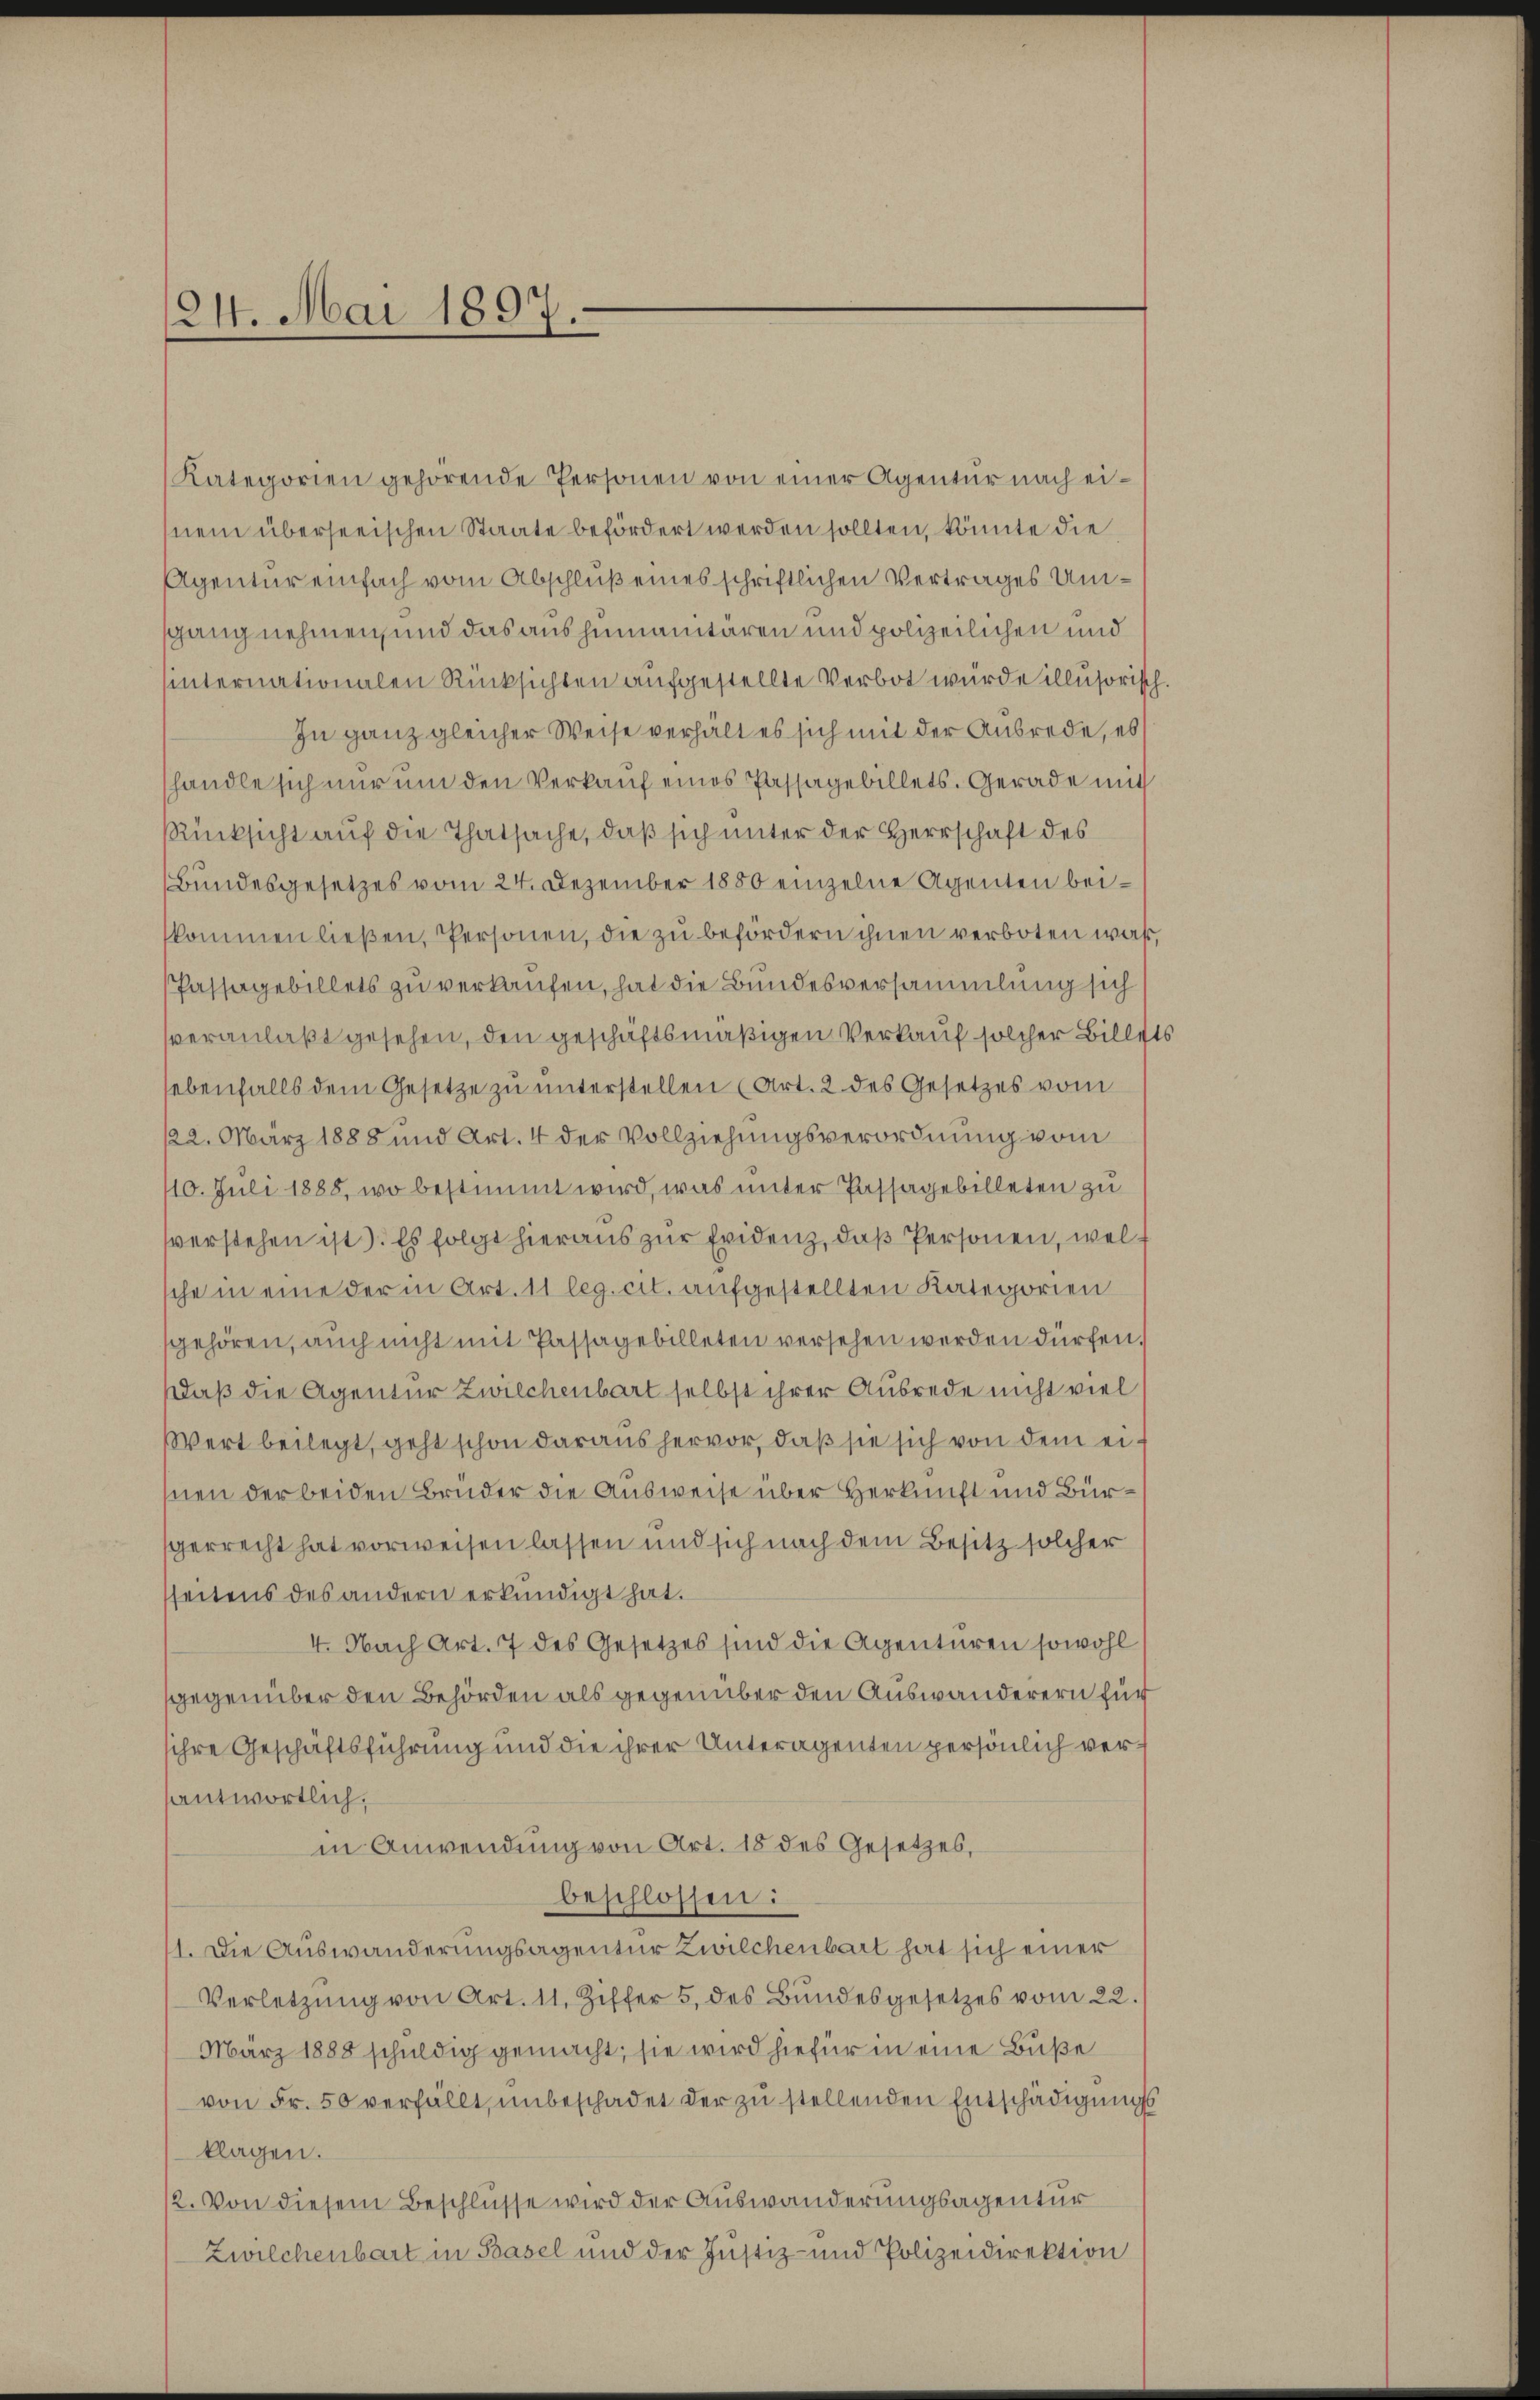
“
24. Mai 1897.
.

Kategorien gehörende Personen von einer Agentur nach einem überseeischen Staate befördert werden sollten, könnte die
Agentur einfach vom Abschluß eines schriftlichen Vertrages Umsgang nehmen, und das aushemanitaren und polizeilichen und
internationalen Rücksichten aufgestellte Verbot wurde illusorist
In ganz gleicher Weise verhält es sich mit der Ausrede, es
handle sich nur um den Verkauf eines Passagebillets. Gerade mit
Rücksicht auf die Thatsache, daß sich unter der Herrschaft des
Bundesgesetzes vom 24. Dezember 1850 einzelne Agenten beikommen ließen, Personen, die zu befördern ihnen verboten waß,
Passagebillets zu verkaufen, hat die Bundesversammlung sich
veranlaßt gesehen, den geschäftsmäßigen Verkauf solcher Bille
sebenfalls dem Gesetze zŭ ŭnterstellen (Art. 2 des Gesetzes vom
122. März 1888 und Art. 4 der Vollziehungsverordnung vom
110. Juli 1888, wo bestimmt wird, was unter Passagebilleten zu
sverstehen ist. Es folgt hieraus zur Evidenz, daß Personen, wel
che in eine der in Art. 11 leg. cit. aufgestellten Kategorien
sgehören, auch nicht mit Passagebilleten versehen werden dürfen
daß die Agentur Zwilchenbart selbst ihrer Ausrede nicht viel
Wert beilegt, geht schon daraus hervor, daß sie sich von dem eisnen der beiden Bruder die Ausweise über Herkunft und Bürgerrecht hat vorweisen lassen und sich nach dem Besitz solcher
sseitens des andern erkundigt hat.
4. Nach Art. 7 des Gesetzes sind die Agenturen sowohl
sgegenüber den Behörden als gegenüber den Auswanderern für
sihre Geschäftsführung und die ihrer Unteragenten persönlich verantwortlich,
in Anwendung von Art. 18 des Gesetzes,
beschlossen:
1. Die Auswanderungsagentur Zwilchenbart hat sich einer
Verletzŭng von Art. 11. Ziffer 5. des Bŭndesgesetzes vom 22.
März 1888 schuldig gemacht; sie wird hiefür in eine Buße
von Fr. 50 verfällt, unbeschadet der zu stellenden Entschädigungs
klagen.
/2. Von diesem Beschlüsse wird der Auswanderungsagentur
Zwilchenbart in Basel und der Justiz- und Polizeidirektion

s